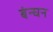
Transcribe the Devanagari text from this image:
बंन्घन